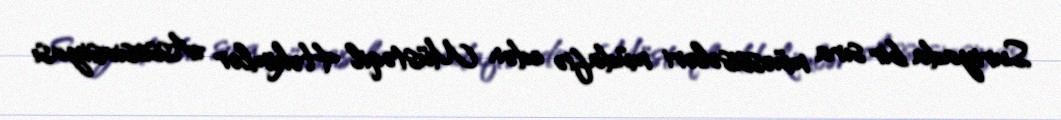
Suriyada bir sıra müəssisələri müdafiə edən Müstəqil Həkimlər Assosiasiyası